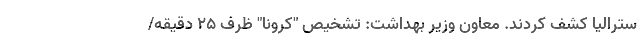
سترالیا کشف کردند. معاون وزیر بهداشت: تشخیص "کرونا" ظرف 25 دقیقه/